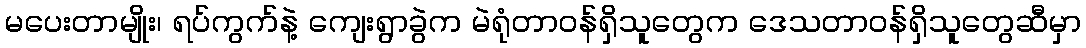
မပေးတာမျိုး၊ ရပ်ကွက်နဲ့ ကျေးရွာခွဲက မဲရုံတာဝန်ရှိသူတွေက ဒေသတာဝန်ရှိသူတွေဆီမှာ